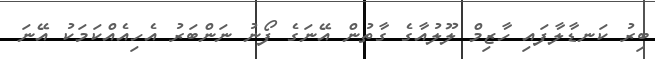
ބިރު ކަނޑާލާފައި ހާޒިމް ލޫލުއާގެ ގާތުން އޭނަގެ ފޯނު ނަންބަރު އެހިއެއްކަމަކު އޭނަ